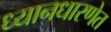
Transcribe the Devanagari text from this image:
ध्यानधारणेत